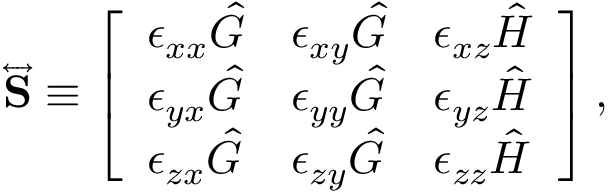
\begin{array} { r } { \overleftrightarrow { \mathbf { S } } \equiv \left[ \begin{array} { l l l } { \epsilon _ { x x } \hat { G } } & { \epsilon _ { x y } \hat { G } } & { \epsilon _ { x z } \hat { H } } \\ { \epsilon _ { y x } \hat { G } } & { \epsilon _ { y y } \hat { G } } & { \epsilon _ { y z } \hat { H } } \\ { \epsilon _ { z x } \hat { G } } & { \epsilon _ { z y } \hat { G } } & { \epsilon _ { z z } \hat { H } } \end{array} \right] , } \end{array}